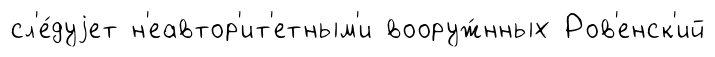
сл'е́дуjет н'еавтор'ит'етным'и вооруж́нных Ров'енск'ий